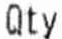
QTY